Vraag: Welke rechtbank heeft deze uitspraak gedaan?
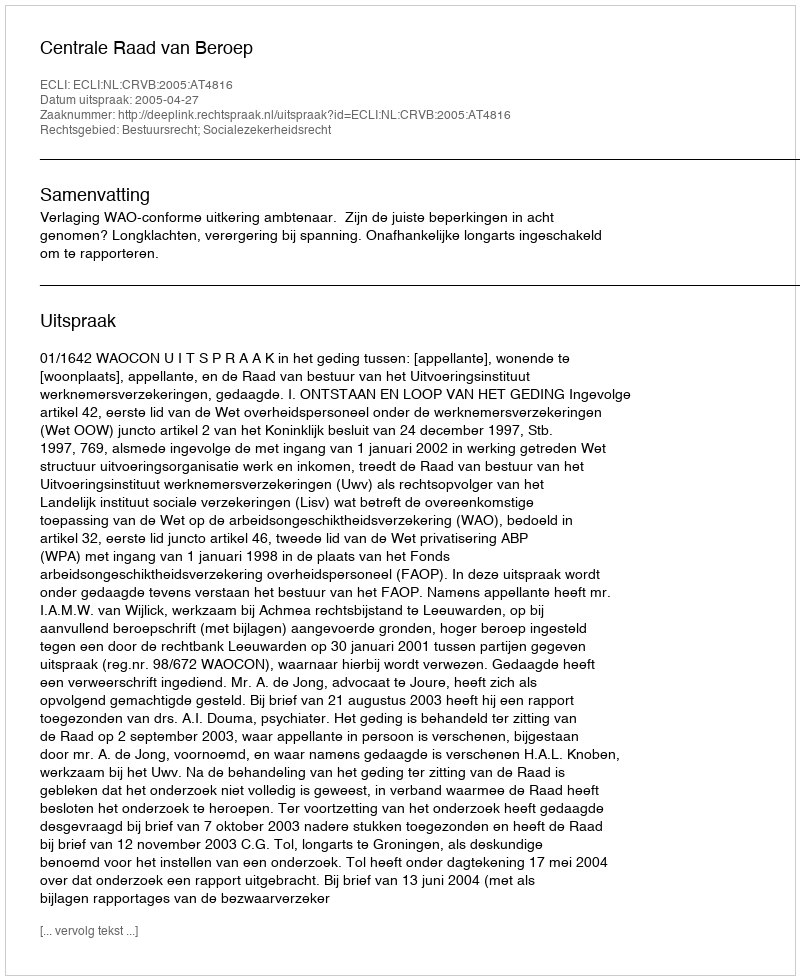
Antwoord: Centrale Raad van Beroep